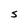
Character: S